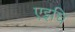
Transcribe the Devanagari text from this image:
एइचि